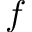
f